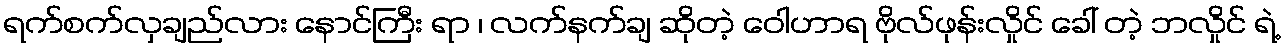
ရက်စက်လှချည်လား နောင်ကြီး ရာ ၊ လက်နက်ချ ဆိုတဲ့ ဝေါဟာရ ဗိုလ်ဖုန်းလှိုင် ခေါ် တဲ့ ဘလှိုင် ရဲ့